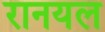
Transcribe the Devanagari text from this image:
रानयल